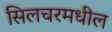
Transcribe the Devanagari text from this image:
सिलचरमधील